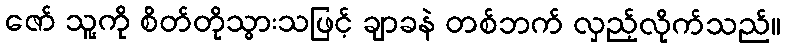
ဇော် သူ့ကို စိတ်တိုသွားသဖြင့် ချာခနဲ တစ်ဘက် လှည့်လိုက်သည်။